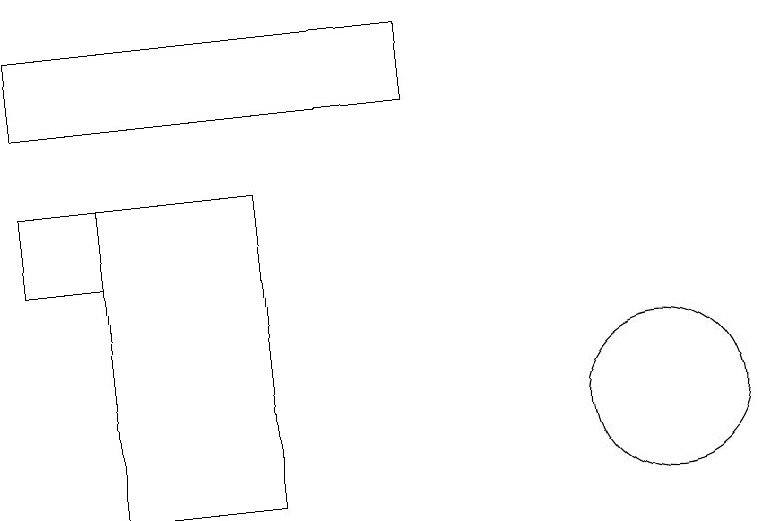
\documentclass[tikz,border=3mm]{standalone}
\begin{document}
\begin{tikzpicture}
\draw (10,10) circle (0);
\draw (12,11) circle (1);
\draw (7,14) rectangle (5,10);
\draw (9,16) rectangle (4,15);
\draw (4,13) rectangle (5,14);
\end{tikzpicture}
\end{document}